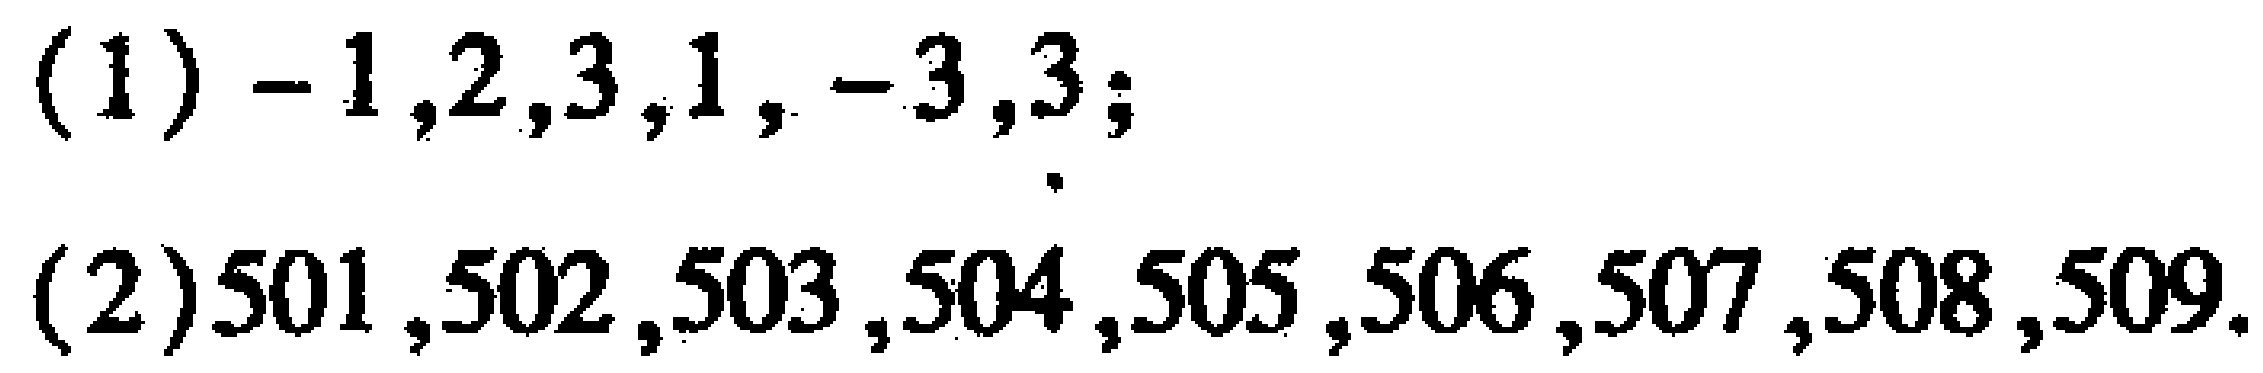
(1) \(-1,2,3,1,-3,3\);

(2) \(501,502,503,504,505,506,507,508,509\).